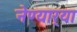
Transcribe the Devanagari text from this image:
नेण्यार्‍या